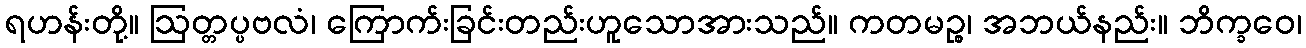
ရဟန်းတို့။ ဩတ္တပ္ပဗလံ၊ ကြောက်းခြင်းတည်းဟူသောအားသည်။ ကတမဉ္စ၊ အဘယ်နည်း။ ဘိက္ခဝေ၊